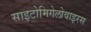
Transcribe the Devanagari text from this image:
साइटोमिगेलोवाइरस